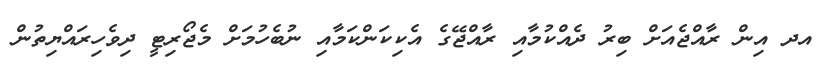
އދ އިން ރާއްޖެއަށް ބިރު ދެއްކުމާއި ރާއްޖޭގެ އެކިކަންކަމާއި ނުބެހުމަށް މެޖޯރިޓީ ދިވެހިރައްޔިތުން